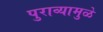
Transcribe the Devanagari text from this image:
पुराव्यामुळे